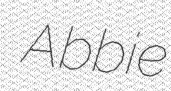
Abbie